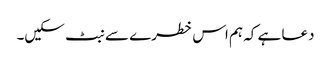
دعا ہے کہ ہم اس خطرے سے نبٹ سکیں۔